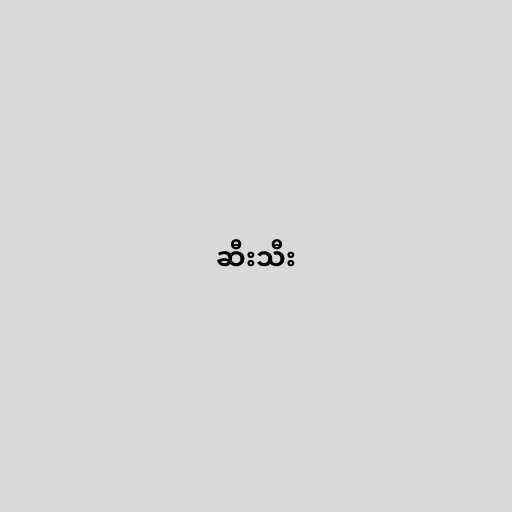
ဆီးသီး